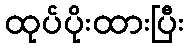
ထုပ်ပိုးထားပြီး